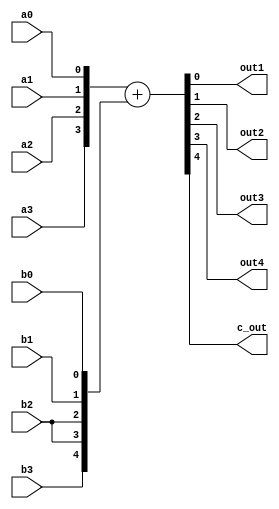
module adder(a0, a1, a2, a3, b0, b1, b2, b3, out1, out2, out3, out4, c_out);

	input a0, a1, a2, a3, b0, b1, b2, b3;
	output out1, out2, out3, out4, c_out;
	
	assign{c_out, out4, out3, out2, out1} = {a3, a2, a1, a0} + {b3, b2, b2, b1, b0};
	
	endmodule